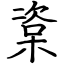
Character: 楶